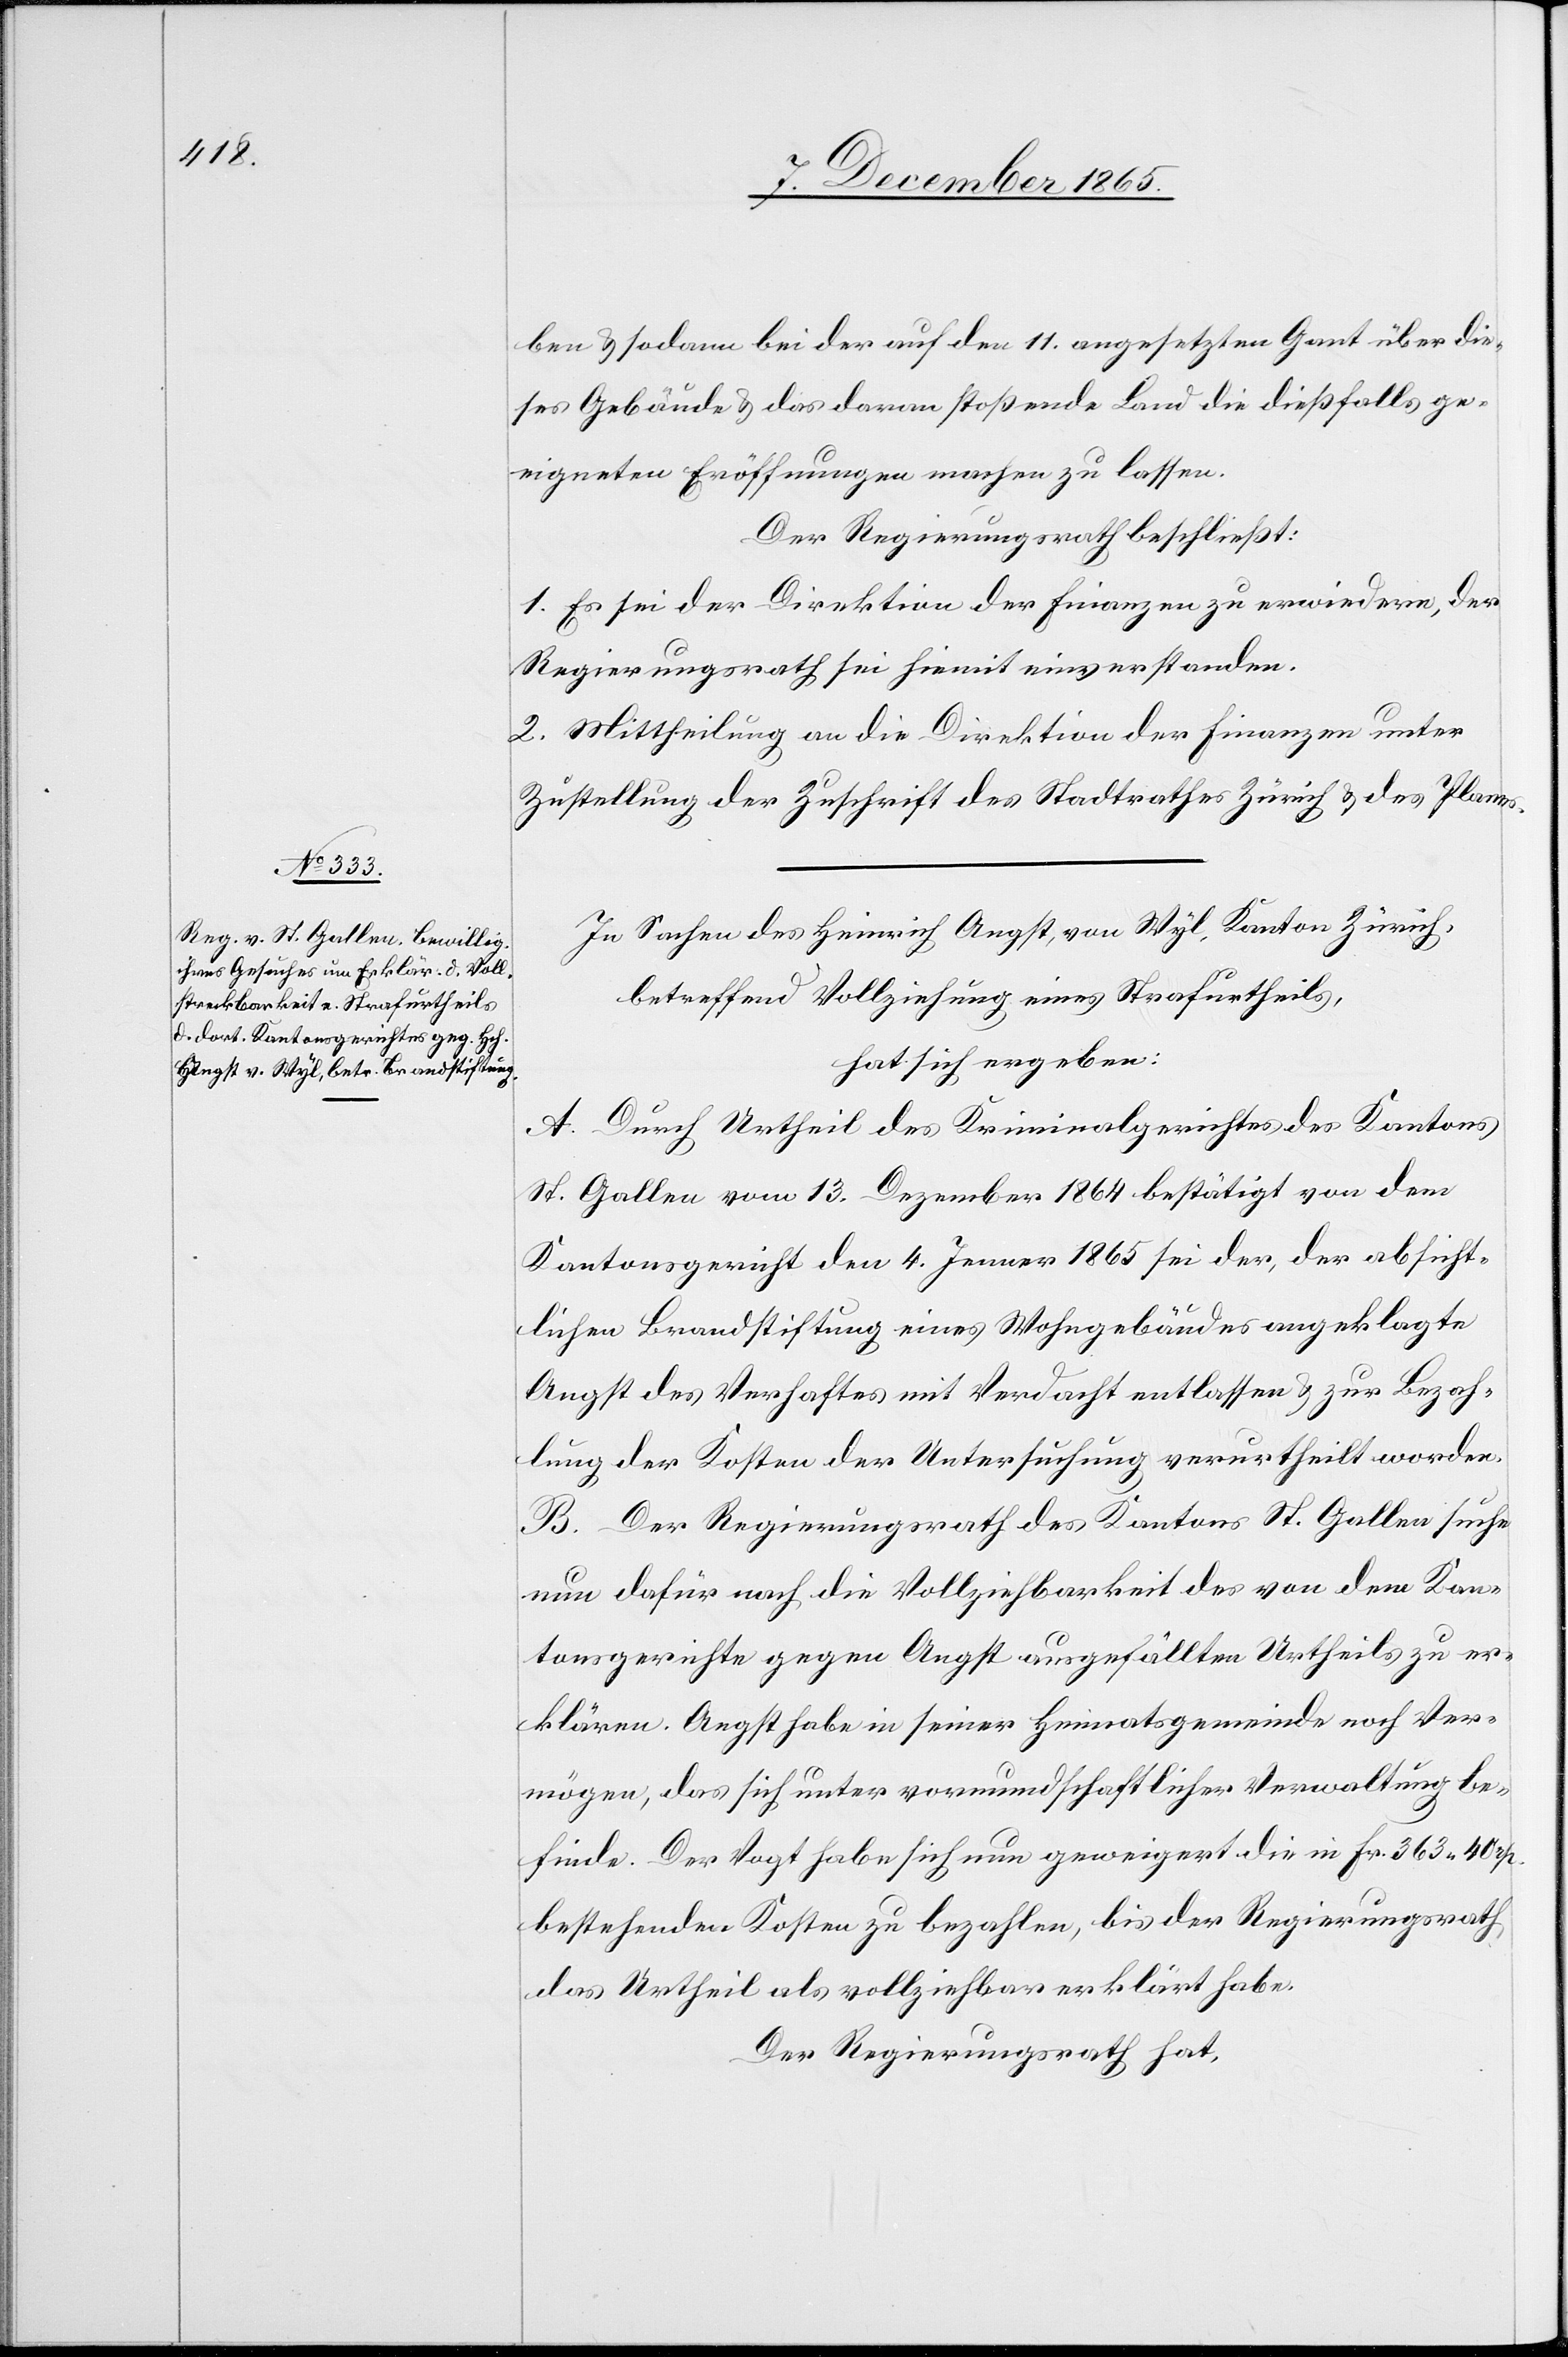
ben & sodann bei der auf den 11. angesetzten Gant über die¬
ses Gebäude & das daran stoßende Land die dießfalls ge¬
eigneten Eröffnungen machen zu lassen.
Der Regierungsrath beschließt:
1. Es sei der Direktion der Finanzen zu erwiedern, der
Regierungsrath sei hiemit einverstanden.
2. Mittheilung an die Direktion der Finanzen unter
Zustellung der Zuschrift des Stadtrathes Zürich & des Planes.
In Sachen des Heinrich Angst, von Wyl, Kanton Zürich,
betreffend Vollziehung eines Strafurtheils,
hat sich ergeben:
A. Durch Urtheil des Kriminalgerichtes des Kantons
St. Gallen vom 13. Dezember 1864 bestätigt von dem
Kantonsgericht den 4. Januar 1865 sei der, der absicht¬
lichen Brandstiftung eines Wohngebäudes angeklagte
Angst des Verhaftes mit Verdacht entlassen & zur Bezah¬
lung der Kosten der Untersuchung verurtheilt worden.
B. Der Regierungsrath des Kantons St. Gallen suche
nun dafür nach die Vollziehbarkeit des von dem Kan¬
tonsgerichte gegen Angst ausgefällten Urtheils zu er¬
klären. Angst habe in seiner Heimatsgemeinde noch Ver¬
mögen, das sich unter vormundschaftlicher Verwaltung be¬
finde. Der Vogt habe sich nun geweigert die in Fr. 363 40 Rp.
bestehenden Kosten zu bezahlen, bis der Regierungsrath
das Urtheil nicht als vollziehbar erklärt habe.
Der Regierungsrath hat,